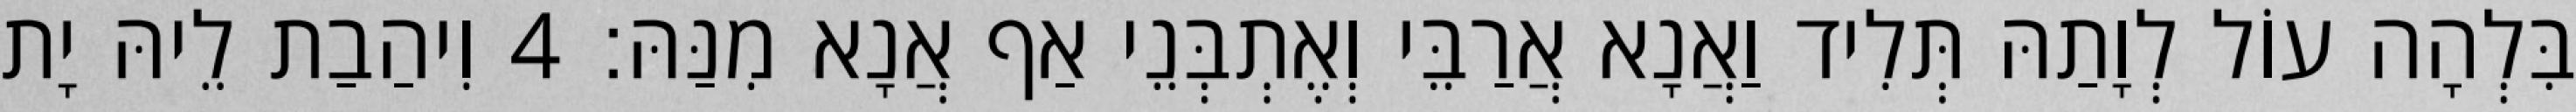
בִּלְהָה עוֹל לְוָתַהּ תְּלִיד וַאֲנָא אֲרַבֵּי וְאֶתְבְּנֵי אַף אֲנָא מִנַּהּ׃ 4 וִיהַבַת לֵיהּ יָת